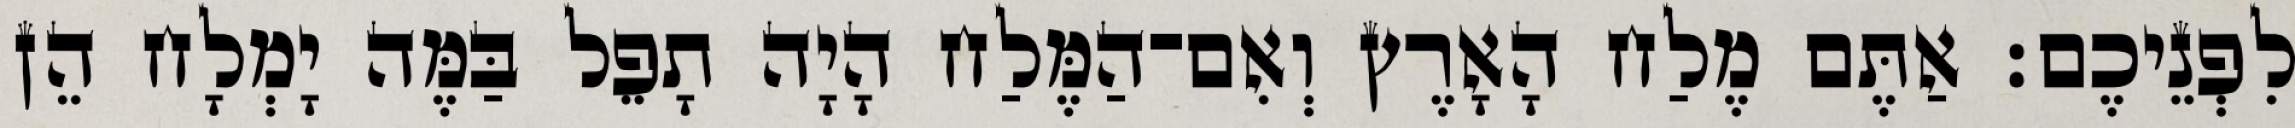
לִפְנֵיכֶם׃ אַתֶּם מֶלַח הָאָרֶץ וְאִם־הַמֶּלַח הָיָה תָפֵל בַּמֶּה יָמְלָח הֵן